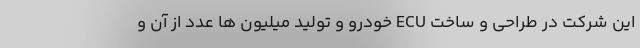
این شرکت در طراحی و ساخت ECU خودرو و تولید میلیون ها عدد از آن و